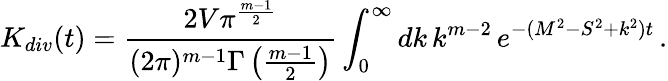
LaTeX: K_{div}(t)=\frac{2V\pi^{\frac{m-1}{2}}}{(2\pi)^{m-1}\Gamma\left(\frac{m-1}{2}\right)}\int_{0}^{\infty}dk\, k^{m-2}\, e^{-(M^{2}-S^{2}+k^{2})t}\, .